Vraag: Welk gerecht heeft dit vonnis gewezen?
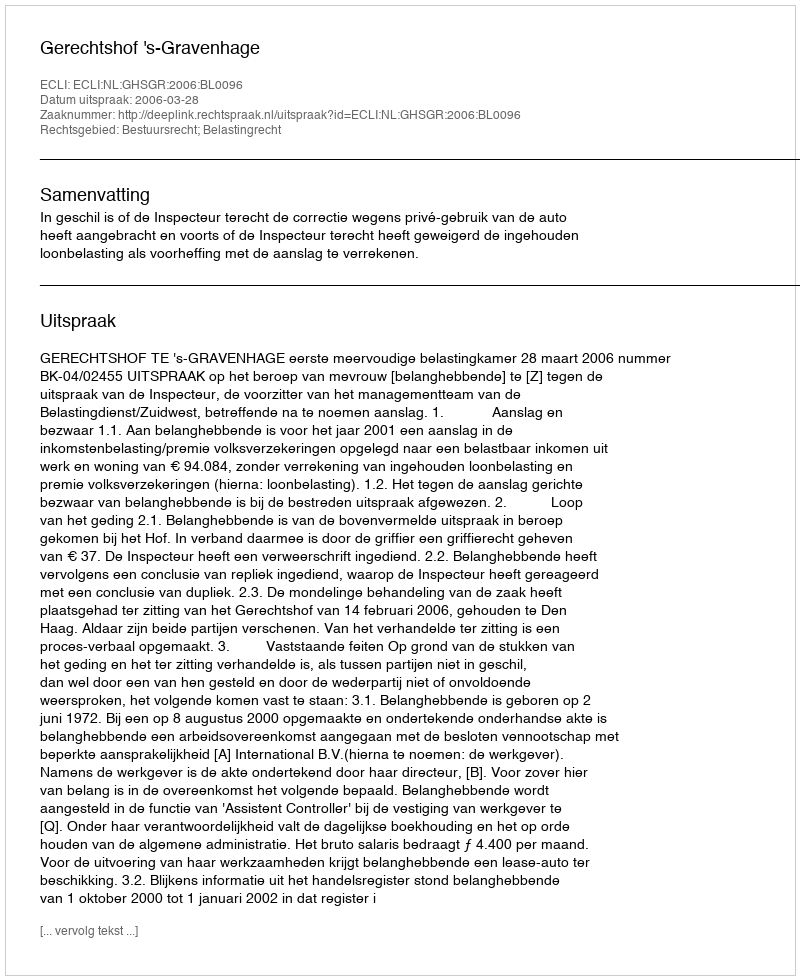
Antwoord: Gerechtshof 's-Gravenhage